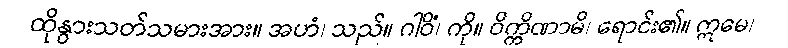
ထိုနွားသတ်သမားအား။ အဟံ၊ သည်။ ဂါဝိံ၊ ကို။ ဝိက္ကိဏာမိ၊ ရောင်း၏။ ဣမေ၊